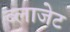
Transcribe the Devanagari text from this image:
ब्लाजेट